Annual report of the Punjab Veterinary College and of the Civil Veterinary Department, Punjab - 1926-1932
Year: 1926
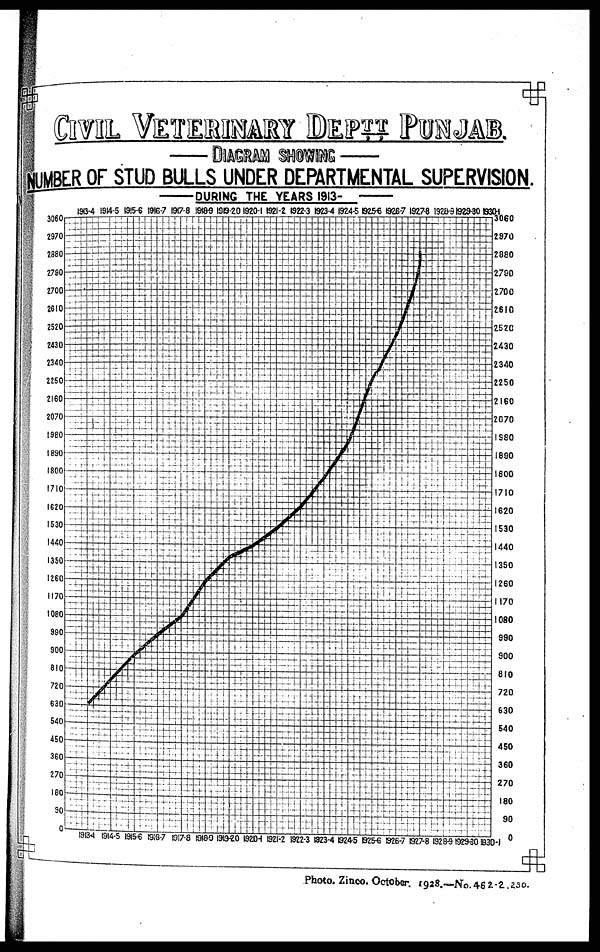
CIVIL VETERINARY DEPTT PUNJAB.
— DIAGRAM SHOWING —
NUMBER OF STUD BULLS UNDER DEPARTMENTAL SUPERVISION.
—DURING
THE YEARS
1913-
—
Photo. Zinco. October. 1928.—No. 462-2 . 230.